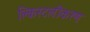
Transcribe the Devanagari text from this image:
क्लिस्टलीकरण